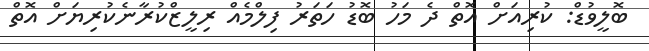
ބޮލީވުޑް: ކުރިއަށް އޮތް ދެ މަހު ބޮޑު ހަތަރު ފިލްމެއް ރިލީޒްކުރާނެކުރިޔަށް އޮތް